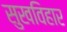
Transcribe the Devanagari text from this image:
सुखविहार